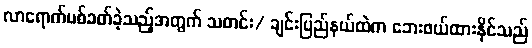
လာရောက်ပစ်ခတ်ခဲ့သည့်အတွက် သတင်း/ ချင်းပြည်နယ်ထဲက ဘေးဖယ်ထားနိုင်သည်